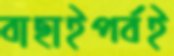
বাছাইপর্বই